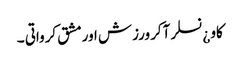
کاو ¿نسلر آکر ورزش اورمشق کرواتی ۔